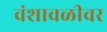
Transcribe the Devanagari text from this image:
वंशावळीवर